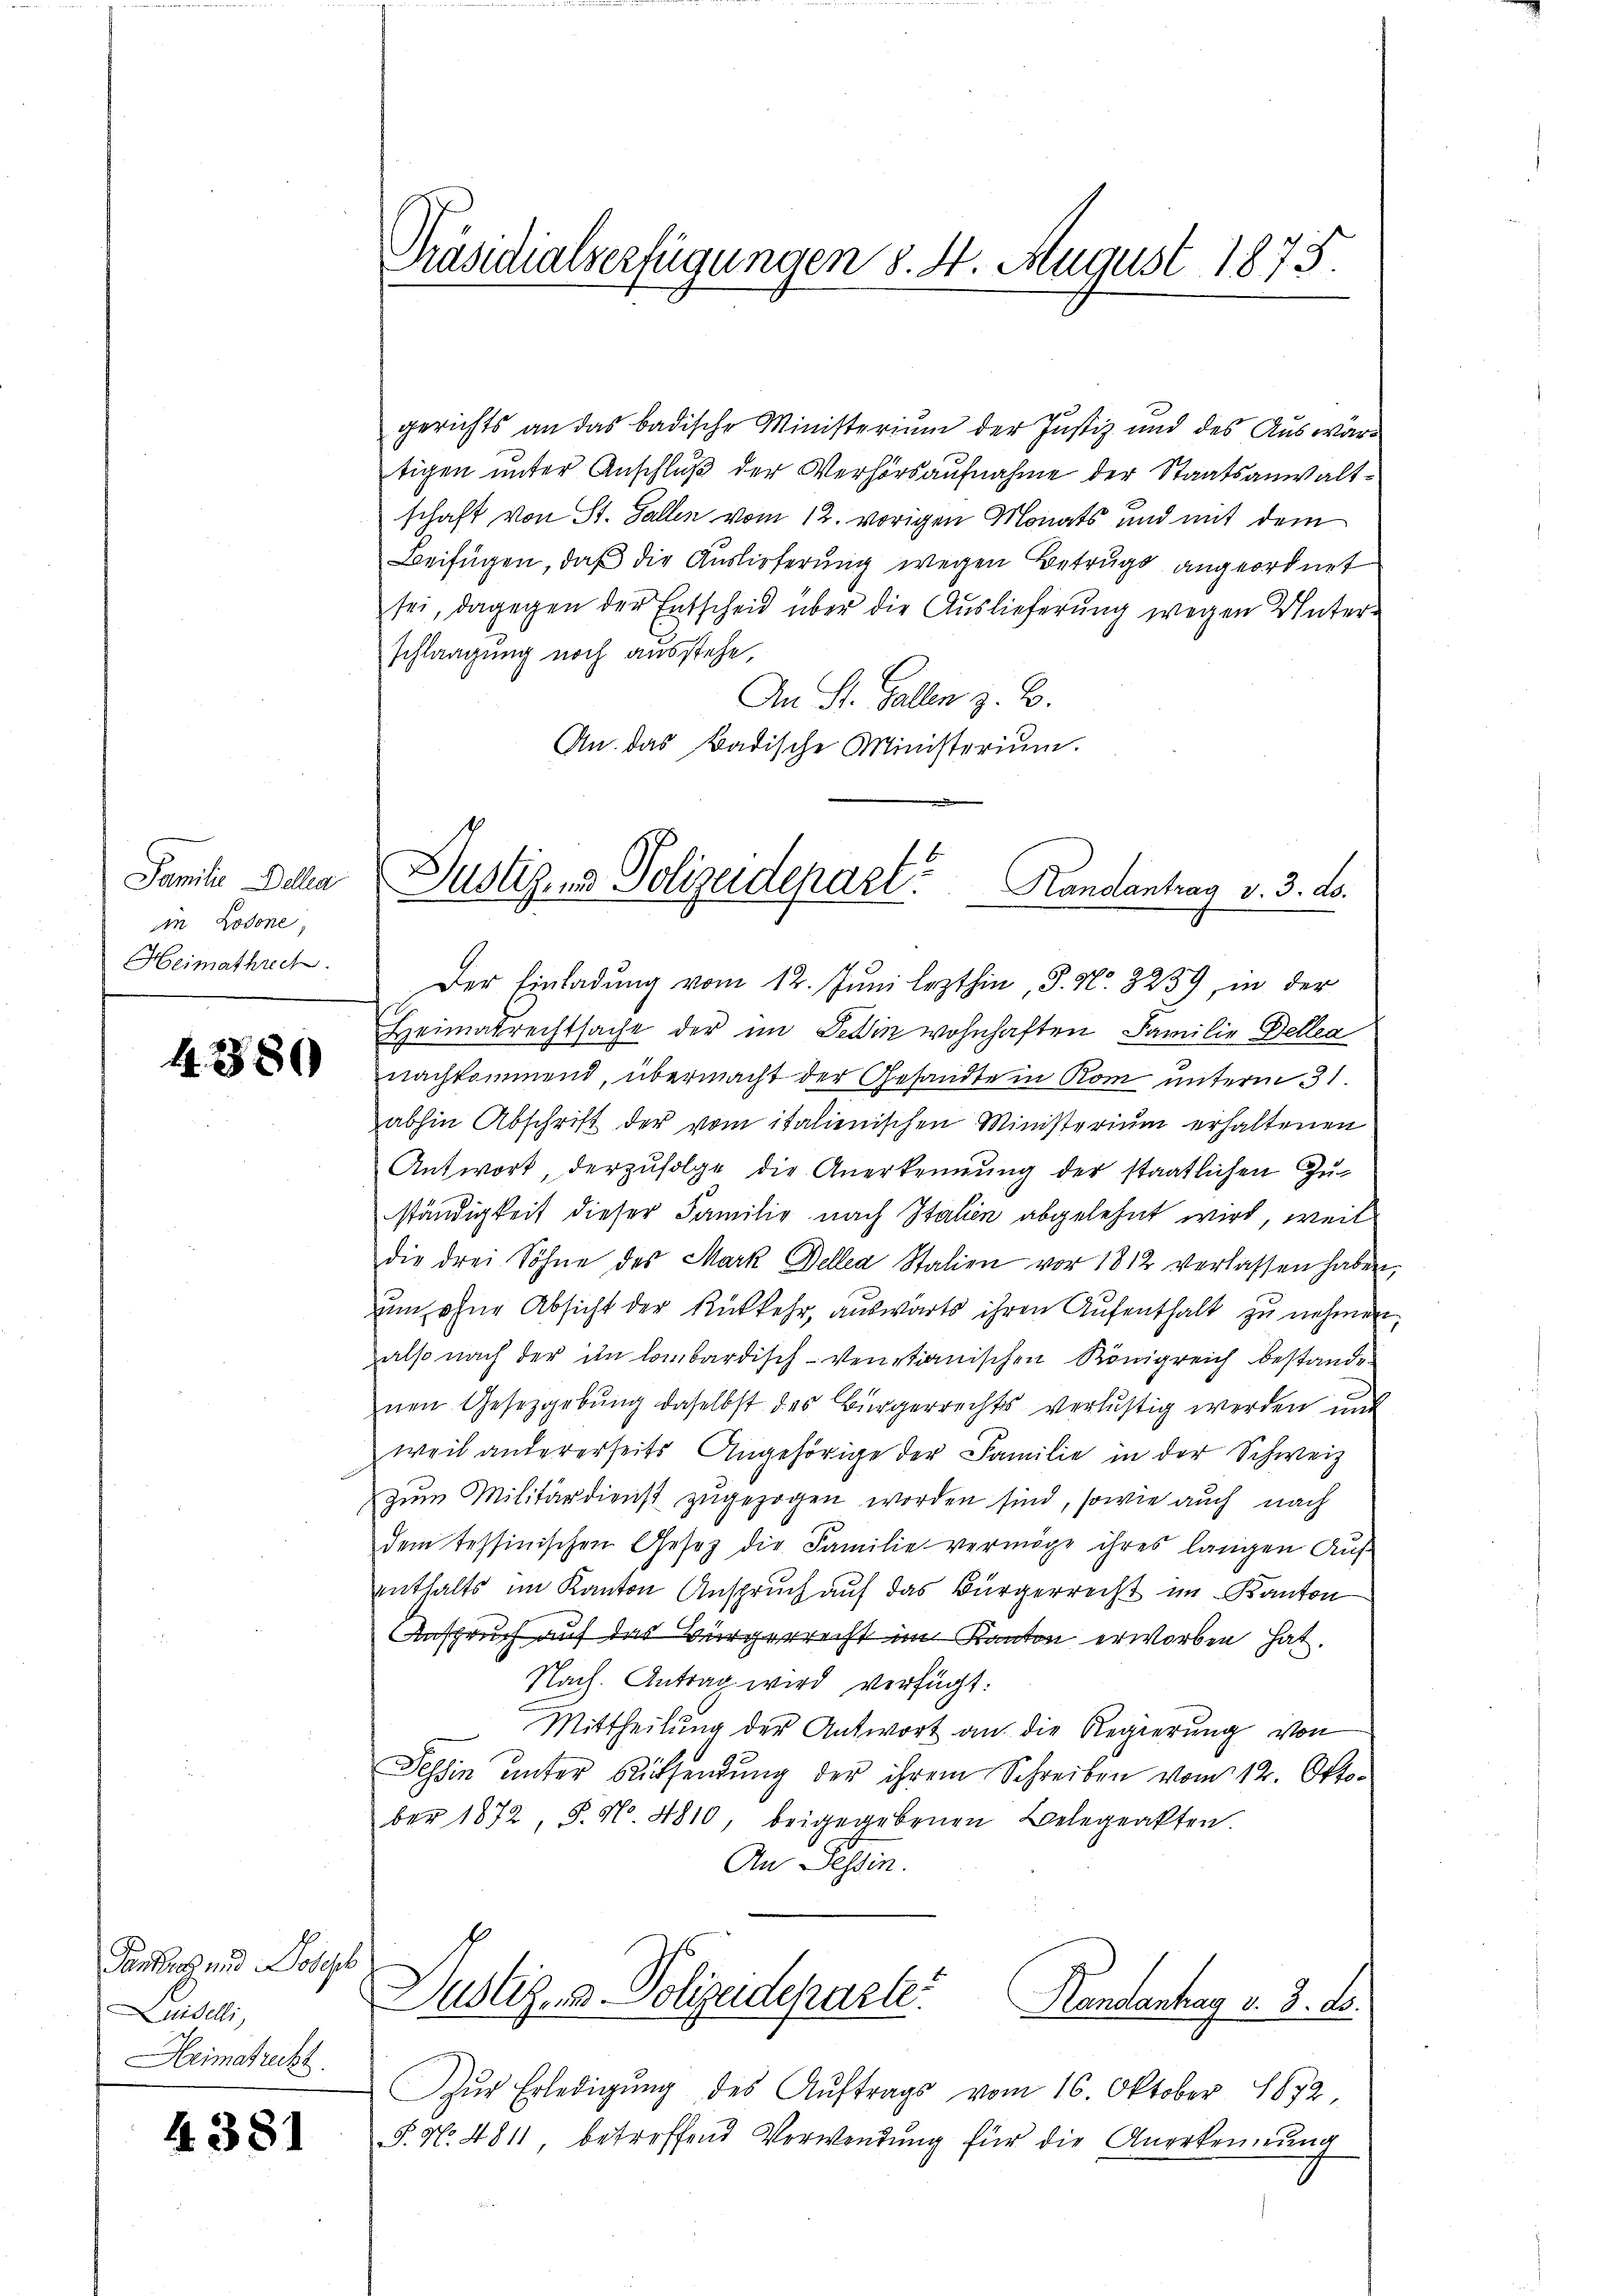
Familie Della
in Lodone,
Heimathrech

4.380

Gantrag und Joseph
iselli,
Heimatrecht

4. 381

gerichts an das badische Ministerium der Justiz und des Auswärtigen unter Anschluß der Verhörsaufnahme der Staatsanwaltschaft von St. Gallen vom 12. vorigen Monats und mit dem
Beifügen, daß die Auslieferung wegen Betrugs angeordnet
sei, dagegen der Entscheid über die Auslieferung wegen Unterschlagung noch ausstehe,
An St. Gallen z. B.
An das Badische Ministerium.

Präsidialserfügungen §. 4. August 1875.

Justizens Polizeidepart Handantrag v. 3. ds.

Der Einladung vom 12. Juni lezthin, P. Nr. 3239, in der
Heimatrechtsache der im Dein wohnhaften Familie Dellen
nachkommend, übermacht der Gesandte in Rom unterm 31.
abhin Abschrift der vom italienischen Ministerium erhaltenen
Antwort, derzufolge die Anerkennung der staatlichen Zuständigkeit dieser Familie nach Italien abgelehnt wird, weil
die drei Söhne des Mark Della Stalien vor 1812 verlassen haben,
um ohne Absicht der Rückkehr, auswärts ihren Aufenthalt zu nehmen.
also nach der im lombardisch-Venetianischen Königreich bestande
nen Gesetzgebung daselbst des Bürgerrechts verlustig werden und
weil andererseits Angehörige der Familie in der Schweiz
zum Militärdienst zugezogen worden sind, sowie auch nach
dem tessinischen Gesetz die Familie vermöge ihres langen Aŭf-
enthalts im Kanton Anspruch auf das Bürgerrecht im Kanton
Anspruch auf das Bürgerrecht im Kanton erworben hat.
Nach. Antrag wird verfügt:
Mittheilung der Antwort an die Regierung von
Tessin ŭnter Rücksendŭng der ihrem Schreiben vom 12. Oktober 1872, S. No 4810, beigegebenen Belegeakten.
An Tessin.
Justiz- & Polizeideparte Handantag v. 3. ds.
Zŭr Erledigŭng des Aŭftrags vom 16. Oktober 1872,
§. No. 4811, betreffend Verwendung für die Anerkennung